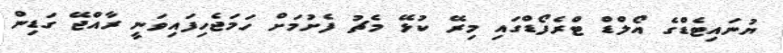
ޔުނައިޓެޑްގެ އޯލްޑް ޓްރެފޯޑްގައި މިރޭ ކުޅޭ މެޗު ފެށުމަށް ހަމަޖެހިފައިވަނީ ރާއްޖޭ ގަޑިން